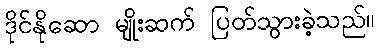
ဒိုင်နိုဆော မျိုးဆက် ပြတ်သွားခဲ့သည်။